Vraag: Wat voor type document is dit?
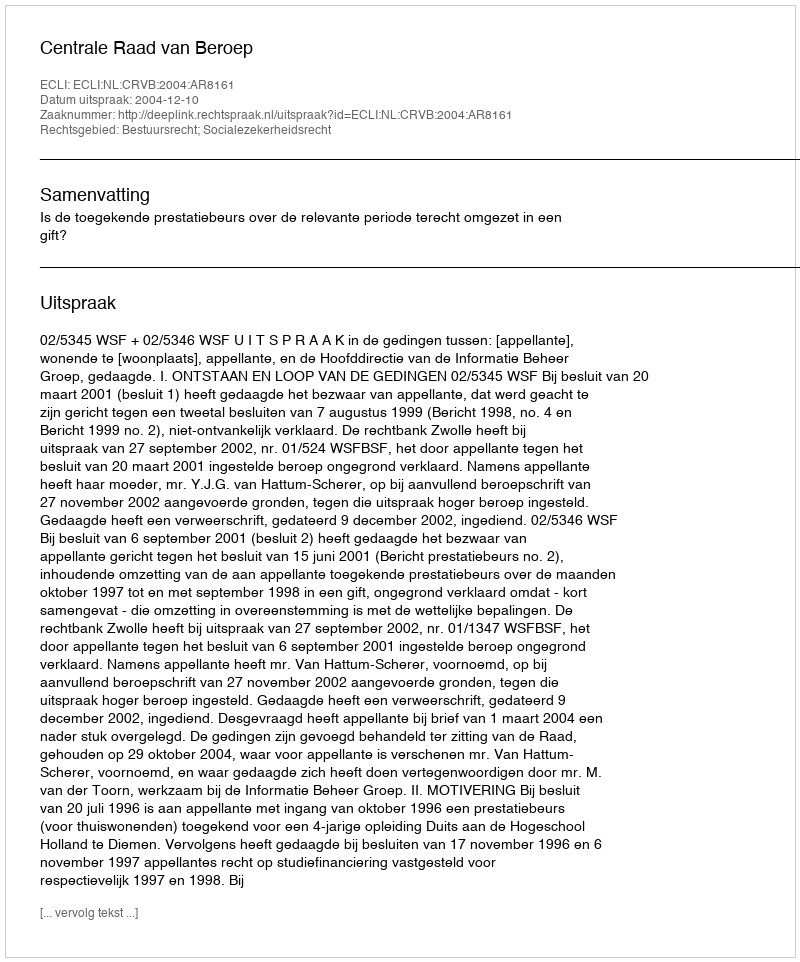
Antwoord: Uitspraak